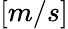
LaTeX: [m/s]